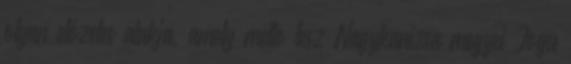
olyan előzetes alakja, amely méltó lesz Nagykanizsa megyei Jogú